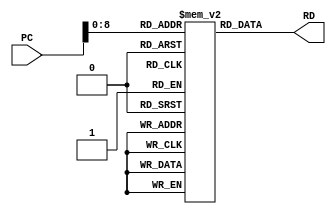
`timescale 1ns/1ps

//This is an instruction memory, which will recive the instruction form
//program counter and gives to next stage of pipelining.
module instructionmemory #(parameter WIDTH = 32)(
	input [WIDTH-1:0] PC,	// address of next instruction.
	output [WIDTH-1:0] RD
);

	reg [WIDTH-1:0] memory[511:0];
	
initial
    begin
    memory[0] = 32'h00000113;
    memory[1] = 32'h00000113; //addi x2 0(x0)
    memory[2] = 32'h00400093; //addi x1 4(x0)
    memory[3] = 32'h00100193; //addi x3 1(x0)
    memory[4] = 32'hFE20AF23; //sw x2 -2(x1)
    memory[5] = 32'hFE30AFA3; //sw x3 -1(x1)
    memory[6] = 32'h00310233; //add x4 x2 x3
    memory[7] = 32'h0040A023; //sw x4 0 (x1)
    memory[8] = 32'h00108093; //addi x1 1 (x1) 
    memory[9] = 32'h00018113; //addi x2 0 (x3)
    memory[10] = 32'h00020193; //addi x3 0 (x4)
    memory[11] = 32'h00310233; //add x4 x2 x3
    memory[12] = 32'h0040A023; //sw x4 0 (x1)
    memory[13] = 32'h00108093; //addi x1 1 (x1) 
    memory[14] = 32'h00018113; //addi x2 0 (x3)
    memory[15] = 32'h00020193; //addi x3 0 (x4)
    memory[16] = 32'h00310233; //add x4 x2 (x3)
    memory[17] = 32'h0040A023; //sw x4 0(x1)
    memory[18] = 32'h00108093; //addi x1 1 x1 
    memory[19] = 32'h00018113; //addi x2 0 x3
    memory[20] = 32'h00020193; //addi x3 0 x4
    memory[21] = 32'h00310233; //add x4 x2 x3
    memory[22] = 32'h0040A023; //sw x4 0 x1
    memory[23] = 32'h00108093; //addi x1 1 x1 
    memory[24] = 32'h00018113; //addi x2 0 x3
    memory[25] = 32'h00020193; //addi x3 0 x4
    memory[26] = 32'h00310233; //add x4 x2 x3
    memory[27] = 32'h0040A023; //sw x4 0 x1
    memory[28] = 32'h00108093; //addi x1 1 x1 
    memory[29] = 32'h00018113; //addi x2 0 x3
    memory[30] = 32'h00020193; //addi x3 0 x4
    memory[31] = 32'h00310233; //add x4 x2 x3
    memory[32] = 32'h0040A023; //sw x4 0 x1
    memory[33] = 32'h00108093; //addi x1 1 x1 
    memory[34] = 32'h00018113; //addi x2 0 x3
    memory[35] = 32'h00020193; //addi x3 0 x4
    memory[36] = 32'h00310233; //add x4 x2 x3
    memory[37] = 32'h0040A023; //sw x4 0 x1
    memory[38] = 32'h00108093; //addi x1 1 x1 
    memory[39] = 32'h00018113; //addi x2 0 x3
    memory[40] = 32'h00020193; //addi x3 0 x4
    memory[41] = 32'h00310233; //add x4 x2 x3
    memory[42] = 32'h0040A023; //sw x4 0 x1
    memory[43] = 32'h00108093; //addi x1 1 x1 
    memory[44] = 32'h00018113; //addi x2 0 x3
    memory[45] = 32'h00020193; //addi x3 0 x4
    memory[46] = 32'h00310233; //add x4 x2 x3
    memory[47] = 32'h0040A023; //sw x4 0 x1
    memory[48] = 32'h00108093; //addi x1 1 x1 
    memory[49] = 32'h00018113; //addi x2 0 x3
    memory[50] = 32'h00020193; //addi x3 0 x4
    memory[51] = 32'h00310233; //add x4 x2 x3
    memory[52] = 32'h0040A023; //sw x4 0 x1
    memory[53] = 32'h00108093; //addi x1 1 x1 
    memory[54] = 32'h00018113; //addi x2 0 x3
    memory[55] = 32'h00020193; //addi x3 0 x4
    memory[56] = 32'h00310233; //add x4 x2 x3
    memory[57] = 32'h0040A023; //sw x4 0 x1
    memory[58] = 32'h00108093; //addi x1 1 x1 
    memory[59] = 32'h00018113; //addi x2 0 x3
    memory[60] = 32'h00020193; //addi x3 0 x4
    
    memory[61] = 32'h00310233; //add x4 x2 x3
    memory[62] = 32'h0040A023; //sw x4 0 x1
    memory[63] = 32'h00108093; //addi x1 1 x1 
    memory[64] = 32'h00018113; //addi x2 0 x3
    memory[65] = 32'h00020193; //addi x3 0 x4
    memory[66] = 32'h00310233; //add x4 x2 x3
    memory[67] = 32'h0040A023; //sw x4 0 x1
    memory[68] = 32'h00108093; //addi x1 1 x1 
    memory[69] = 32'h00018113; //addi x2 0 x3
    memory[70] = 32'h00020193; //addi x3 0 x4
    memory[71] = 32'h00310233; //add x4 x2 x3
    memory[72] = 32'h0040A023; //sw x4 0 x1
    memory[73] = 32'h00108093; //addi x1 1 x1 
    memory[74] = 32'h00018113; //addi x2 0 x3
    memory[75] = 32'h00020193; //addi x3 0 x4
    memory[76] = 32'h00310233; //add x4 x2 x3
    memory[77] = 32'h0040A023; //sw x4 0 x1
    memory[78] = 32'h00108093; //addi x1 1 x1 
    memory[79] = 32'h00018113; //addi x2 0 x3
    memory[80] = 32'h00020193; //addi x3 0 x4
    memory[81] = 32'h00310233; //add x4 x2 x3
    memory[82] = 32'h0040A023; //sw x4 0 x1
    memory[83] = 32'h00108093; //addi x1 1 x1 
    memory[84] = 32'h00018113; //addi x2 0 x3
    memory[85] = 32'h00020193; //addi x3 0 x4
    
    memory[86] = 32'h00008093; //addi x1 0 x1
    
    
    //loading
    memory[87] = 32'h00202303; //lw x7 2( x0)
    memory[88] = 32'h00302303; //lw x7 3( x0)
    memory[89] = 32'hFF00A483; //lw x7 -16( x1)
    memory[90] = 32'hFF10A483; //lw x7 -15( x1)
    memory[91] = 32'hFF20A483; //lw x7 -14( x1)
    memory[92] = 32'hFF30A483; //lw x7 -13( x1)
    memory[93] = 32'hFF40A483; //lw x7 -12( x1)
    memory[94] = 32'hFF50A483; //lw x7 -11( x1)
    memory[95] = 32'hFF60A483; //lw x7 -10( x1)
    memory[96] = 32'hFF70A483; //lw x7 -9( x1)
    memory[97] = 32'hFF80A483; //lw x7 -8( x1)
    memory[98] = 32'hFF90A483; //lw x7 -7( x1)
    memory[99] = 32'hFFA0A483; //lw x7 -6( x1)
    memory[100] = 32'hFFB0A483; //lw x7 -5( x1)
    memory[101] = 32'hFFC0A483; //lw x7 -4( x1)
    memory[102] = 32'hFFD0A483; //lw x7 -3( x1)
    memory[103] = 32'hFFE0A483; //lw x7 -2( x1)
    memory[104] = 32'hFFF0A483; //lw x7 -1( x1)
    
    memory[105] = 32'hFE4187E3; //beq x3 x4 mem1[87]
end

	assign RD = memory[PC];

endmodule